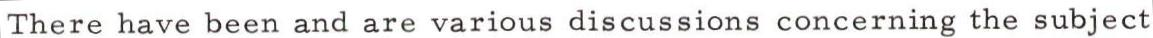
There have been and are various discussions concerning the subject